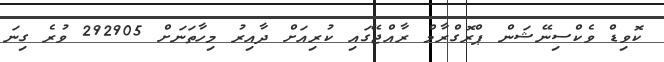
ކޮވިޑް ވެކްސިނޭޝަން ޕްރޮގްރާމް ރާއްޖޭގައި ކުރިއަށް ދާއިރު މިހާތަނަށް 292905 ވުރެ ގިނަ